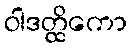
ဝါဒတ္ထိကော